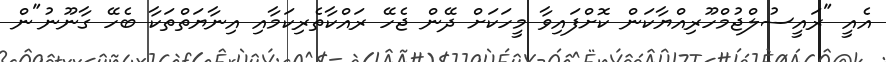
އެއީ "ރައީސުލްޖުމްހޫރިއްޔާކަން ކޮށްފައިވާ މީހަކަށް ދޭން ޖެހޭ ރައްކާތެރިކަމާއި އިނާޔަތްތަކާ ބެހޭ ގާނޫނު"ން